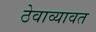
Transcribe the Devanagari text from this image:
ठेवाव्यावत